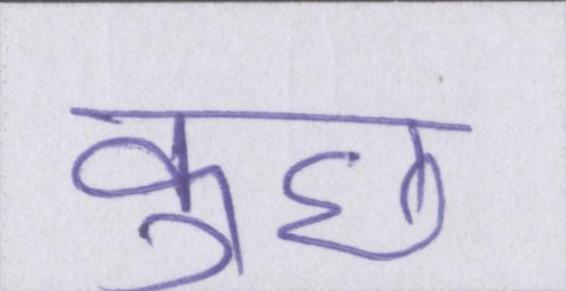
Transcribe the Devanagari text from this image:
कुछ